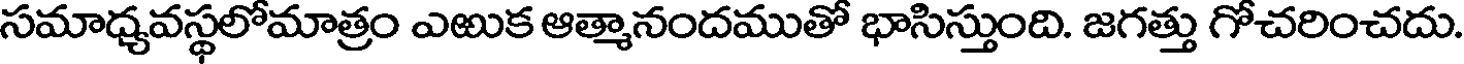
సమాధ్యవస్థలోమాత్రం ఎఱుక ఆత్మానందముతో భాసిస్తుంది. జగత్తు గోచరించదు.